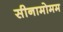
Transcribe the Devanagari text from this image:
सीनामोमम